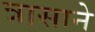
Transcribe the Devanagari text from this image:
त्रासाने